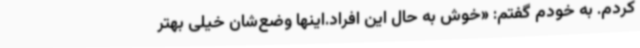
کردم. به خودم گفتم: «خوش به حال این افراد.اینها وضع‌شان خیلی بهتر